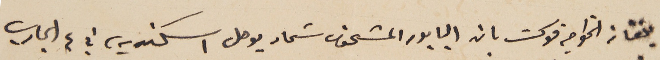
بلغنا من الخواجه فوكت بان البابور المشحون سَماد يوصل اسكندريه، في ٤ الجاري